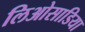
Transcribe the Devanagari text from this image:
लिओसाडिया